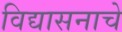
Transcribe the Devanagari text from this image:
विद्यासनाचे